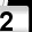
Digit: 2